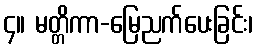
၄။ မတ္တိကာ-မြေညက်ပေးခြင်း၊